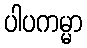
ပါပကမ္မာ